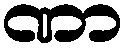
ဏာ